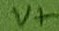
Text: V+